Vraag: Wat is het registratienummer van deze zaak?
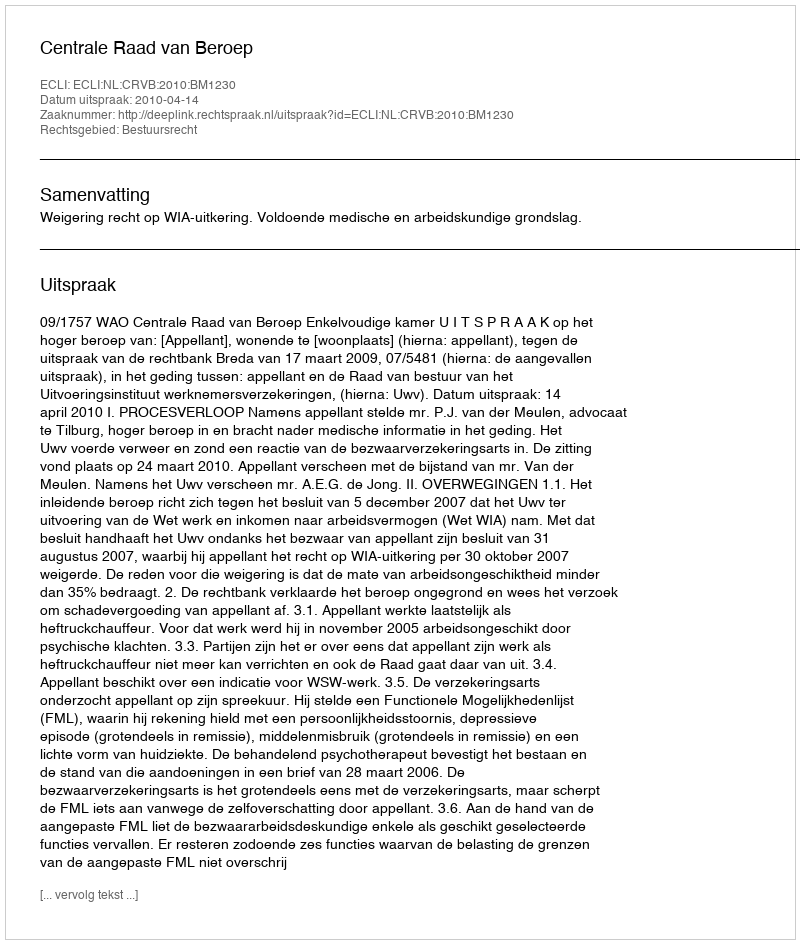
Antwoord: http://deeplink.rechtspraak.nl/uitspraak?id=ECLI:NL:CRVB:2010:BM1230